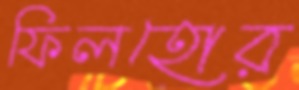
ফিলহোর